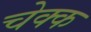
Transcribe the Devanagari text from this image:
चेक्क